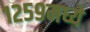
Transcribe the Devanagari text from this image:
१२५९मध्ये